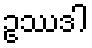
ဥဿဒါ